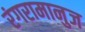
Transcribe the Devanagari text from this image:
रंगरामानुज